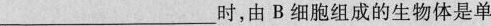
___时，由B细胞组成的生物体是单